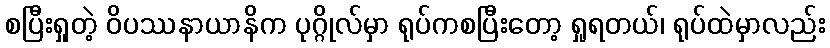
စပြီးရှုတဲ့ ဝိပဿနာယာနိက ပုဂ္ဂိုလ်မှာ ရုပ်ကစပြီးတော့ ရှုရတယ်၊ ရုပ်ထဲမှာလည်း